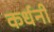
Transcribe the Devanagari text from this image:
कर्धनी